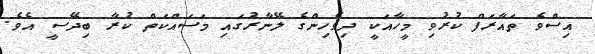
އިސްވެ ތައާރަފް ކުރުވި މީހާއަކީ ދިވެހިންގެ ލޭނާރުގައި މަސައްކަތް ކުރާ ބިދޭސީ އެވެ.